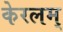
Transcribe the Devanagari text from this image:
केरलम्